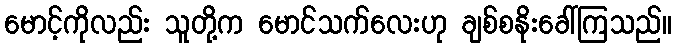
မောင့်ကိုလည်း သူတို့က မောင်သက်လေးဟု ချစ်စနိုးခေါ်ကြသည်။